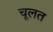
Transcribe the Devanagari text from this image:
चूलत